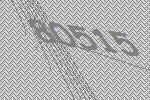
80515